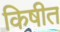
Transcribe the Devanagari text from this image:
किषीत